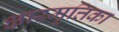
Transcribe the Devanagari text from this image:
क्षारमृत्तिका